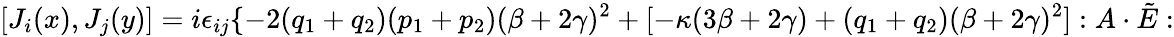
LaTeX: [J_{i}(x),J_{j}(y)]=i\epsilon_{ij}\{ -2(q_{1}+q_{2})(p_{1}+p_{2})(\beta+2\gamma)^{2}+[-\kappa(3\beta+2\gamma)+(q_{1}+q_{2})(\beta+2\gamma)^{2}]:A\cdot\tilde{E}: